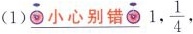
（ 1 ）\underline{小心别错} 1，\frac{1}{4} ，